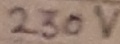
Text: 230V